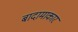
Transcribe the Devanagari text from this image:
बादामाकार